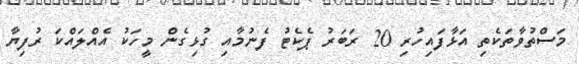
މަސްތުވާތަކެތި އަޅާފައިހުރި 20 ރަބަރު ޕެކެޓު ފެނުމާއި ގުޅިގެން މީހަކު އެއްލައްކަ ރުފިޔާ